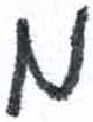
אות: מ